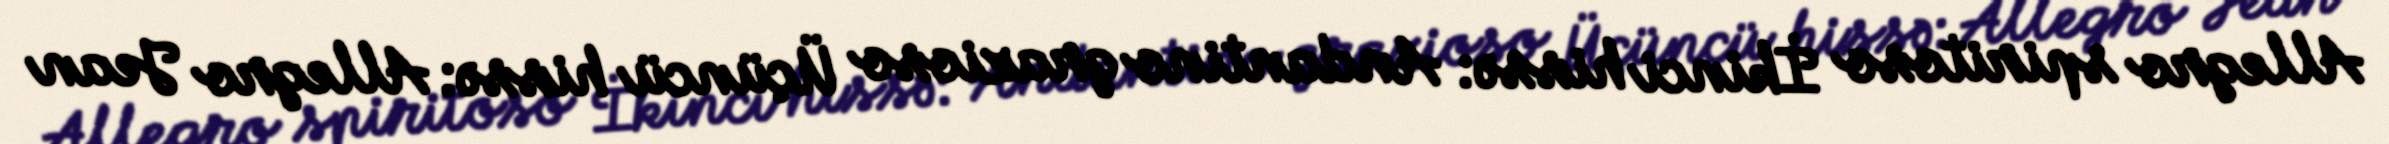
Allegro spiritoso İkinci hissə: Andantino grazioso Üçüncü hissə: Allegro Jean